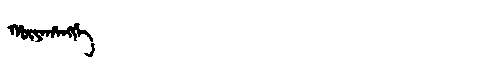
Manchu: ᡥᡡᠶᠠᡥᠠᠩᡤᡝ
Romanization: HŪYAHANGGE